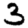
Digit: 3